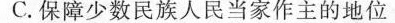
C. 保障少数民族人民当家作主的地位